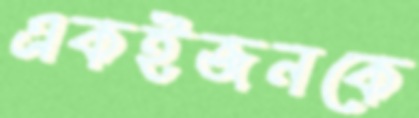
একইজনকে